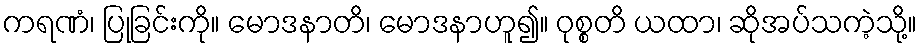
ကရဏံ၊ ပြုခြင်းကို။ မောဒနာတိ၊ မောဒနာဟူ၍။ ဝုစ္စတိ ယထာ၊ ဆိုအပ်သကဲ့သို့။